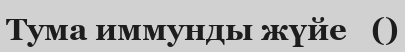
Тума иммунды жүйе   ()